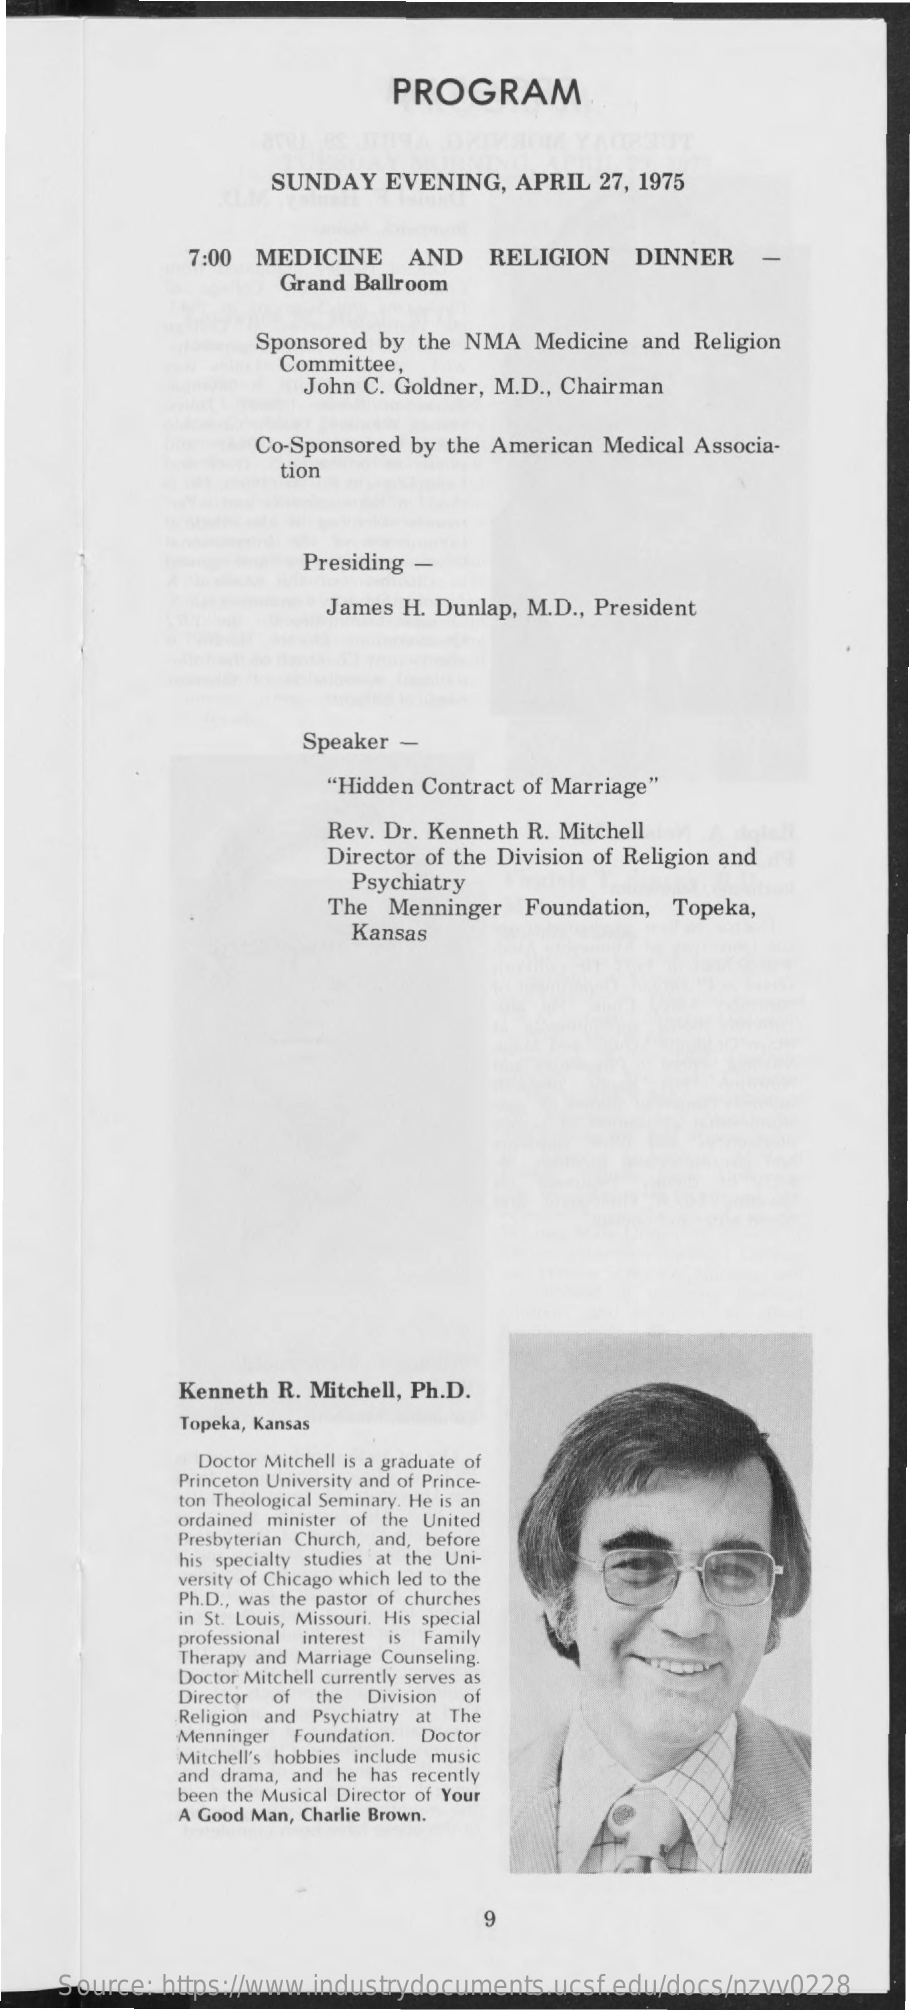
PROGRAM
     SUNDAY   EVENING, APRIL  27, 1975
     7:00 MEDICINE   AND   RELIGION   DINNER    -
     Grand Ballroom
     Sponsored by the NMA Medicine and Religion
     Committee,
     John C. Goldner, M.D ., Chairman
     Co-Sponsored by the American Medical Associa-
     tion
     Presiding -
     James H. Dunlap, M.D ., President
     Speaker -
     "Hidden Contract of Marriage"
     Rev. Dr. Kenneth R. Mitchell
     Director of the Division of Religion and
     Psychiatry
     The Menninger Foundation, Topeka,
     Kansas
     Kenneth R. Mitchell, Ph.D.
     Topeka, Kansas
     Doctor Mitchell is a graduate of
     Princeton University and of Prince-
     ton Theological Seminary. He is an
     ordained minister of the United
     Presbyterian Church, and, before
     his specialty studies at the Uni-
     versity of Chicago which led to the
     Ph.D ., was the pastor of churches
     in St. Louis, Missouri. His special
     professional interest is Family
     Therapy and Marriage Counseling.
     Doctor Mitchell currently serves as
     Director
     Religion and Psychiatry at The
     of the Division of
     Menninger Foundation. Doctor
     Mitchell's hobbies include music
     and drama, and he has recently
     been the Musical Director of Your
     A Good Man, Charlie Brown.
     9
     Source: https://www.industrydocuments.ucsf.edu/docs/nzvv0228